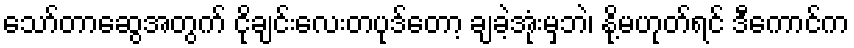
သော်တာဆွေအတွက် ငိုချင်းလေးတပုဒ်တော့ ချခဲ့အုံးမှဘဲ၊ နို့မဟုတ်ရင် ဒီကောင်က